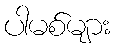
ပါမစ်များ